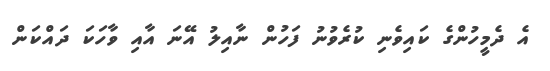
އެ ދެމީހުންގެ ކައިވެނި ކުރެވުނު ފަހުން ނާއިލު އޭނަ އާއި ވާހަކަ ދައްކަން